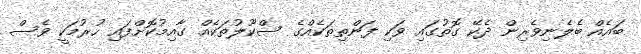
ބައެއް ބެލެނިވެރިން ދެކޭ ގޮތުގައި ވަކި ފަންތިތަކެއްގެ ސްކޫލުތަކެއް ގާއިމުކޮށްފައި ހުރުމަކީ ވެސް